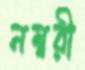
নম্বরী